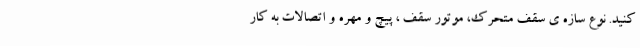
کنید. نوع سازه ی سقف متحرک، موتور سقف ، پیچ و مهره و اتصالات به کار